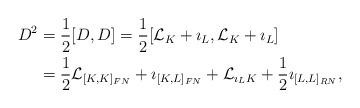
LaTeX: \begin{align*}D^2&=\frac{1}{2}[D,D]=\frac{1}{2}[\mathcal{L}_K+\imath_L,\mathcal{L}_K+\imath_L]\\&=\frac{1}{2}\mathcal{L}_{[K,K]_{FN}}+\imath_{[K,L]_{FN}}+\mathcal{L}_{\imath_LK}+\frac{1}{2}\imath_{[L,L]_{RN}},\end{align*}